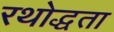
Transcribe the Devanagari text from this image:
रथोद्धता